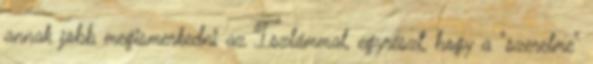
annak jobb megismerkedni az Iszlámmal, egyrészt, hogy a "szerelme"